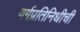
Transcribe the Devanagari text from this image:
वर्गप्रतिनिधीची